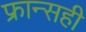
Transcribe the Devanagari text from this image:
फ्रान्सही